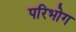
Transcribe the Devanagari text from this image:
परिभोग